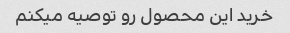
خرید این محصول رو توصیه میکنم